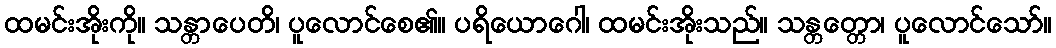
ထမင်းအိုးကို။ သန္တာပေတိ၊ ပူလောင်စေ၏။ ပရိယောဂေါ၊ ထမင်းအိုးသည်။ သန္တတ္တော၊ ပူလောင်သော်။